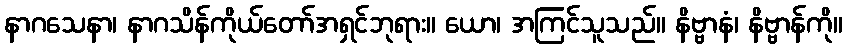
နာဂသေနာ၊ နာဂသိန်ကိုယ်တော်အရှင်ဘုရား။ ယော၊ အကြင်သူသည်။ နိဗ္ဗာနံ၊ နိဗ္ဗာန်ကို။